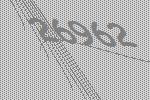
26962